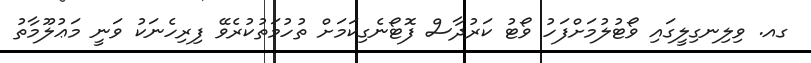
ގއ. ވިލިނގިލީގައި ވޯޓުލުމަށްފަހު ވޯޓު ކަރުދާސް ފޮޓޯނެގިކަމަށް ތުހުމަތުކުރެވޭ ފިރިހެނަކު ވަނީ މަޢުލޫމާތު